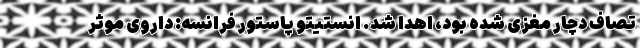
تصاف دچار مغزی شده بود، اهدا شد. انستیتو پاستور فرانسه: داروی موثر